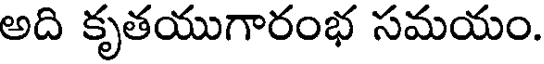
అది కృతయుగారంభ సమయం.